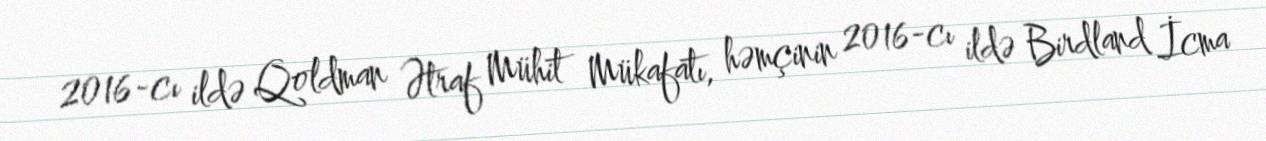
2016-cı ildə Qoldman Ətraf Mühit Mükafatı, həmçinin 2016-cı ildə Birdland İcma